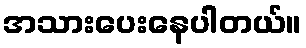
အသားပေးနေပါတယ်။